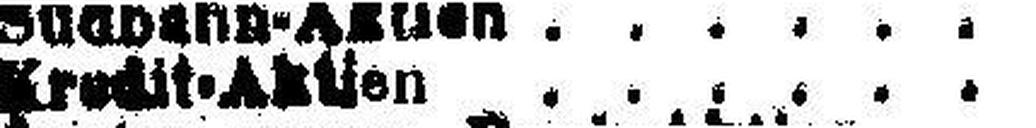
Kredit-Aktien